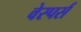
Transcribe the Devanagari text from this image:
वेस्पर्स